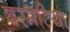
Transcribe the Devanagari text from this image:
बरमटिया